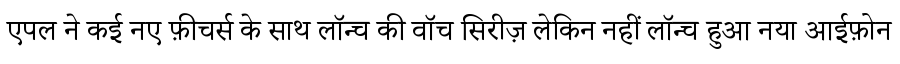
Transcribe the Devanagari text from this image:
एपल ने कई नए फ़ीचर्स के साथ लॉन्च की वॉच सिरीज़ लेकिन नहीं लॉन्च हुआ नया आईफ़ोन